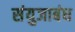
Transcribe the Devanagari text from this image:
संयुजाबंध